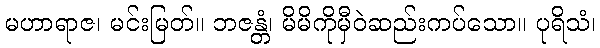
မဟာရာဇ၊ မင်းမြတ်။ ဘဇန္တံ၊ မိမိကိုမှီဝဲဆည်းကပ်သော။ ပုရိသံ၊